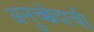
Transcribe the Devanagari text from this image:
अनुच्छेदाची